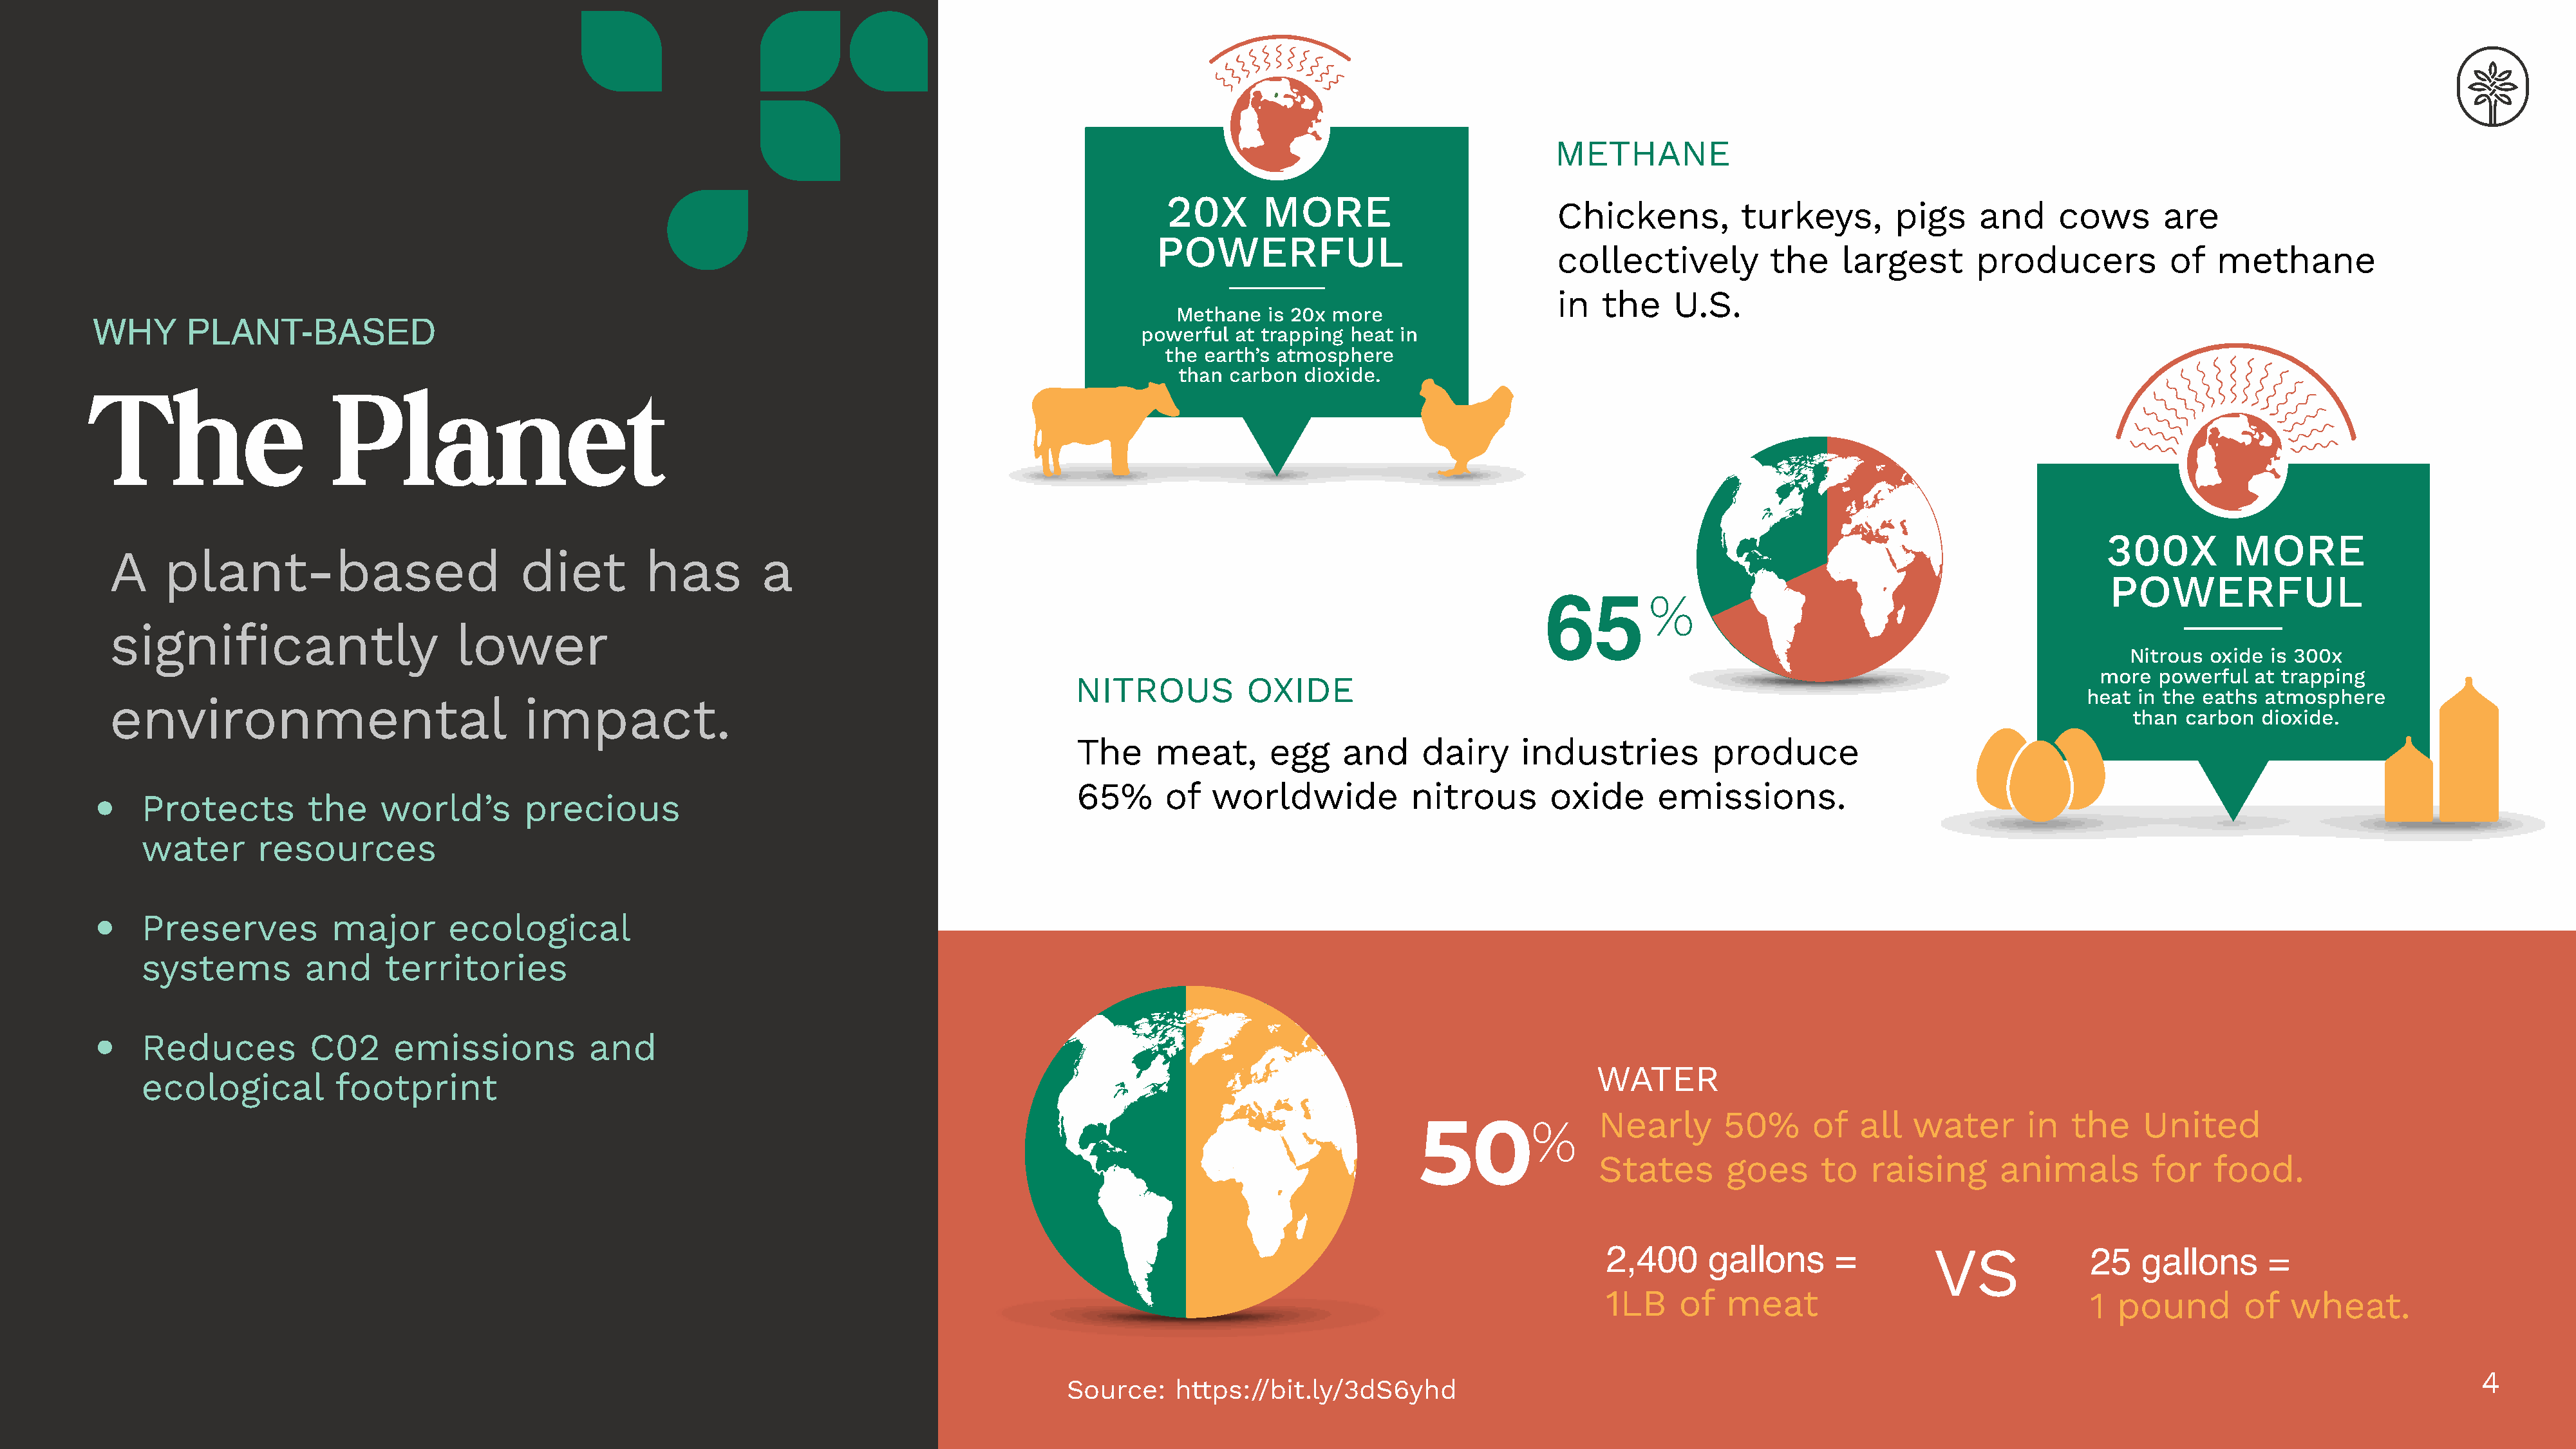
METHANE
 20X       MORE                          Chickens,          turkeys,        pigs    and      cows      are
 POWERFUL
 collectively          the    largest       producers           of   methane
 in   the    U.S.
 Methane  is 20x more
 WHY      PLANT-BASED
 powerful  at trapping heat in
 the earth’s atmosphere
 than carbon  dioxide.
 The                      Planet
 300X        MORE
 A     plant-based                         diet         has         a
 POWERFUL
 65        %
 significantly                       lower
 Nitrous oxide is 300x
 more  powerful  at trapping
 NITROUS          OXIDE
 heat in the eaths atmosphere
 environmental                              impact.
 X                                       than  carbon  dioxide.
 The     meat,      egg     and     dairy     industries          produce
 •                                                                                                    65%      of   worldwide           nitrous       oxide      emissions.
 Protects         the    world’s        precious
 water      resources
 •
 Preserves          major       ecological
 systems         and      territories
 •
 Reduces          C02     emissions            and
 WATER
 ecological         footprint
 Nearly       50%      of   all   water      in   the    United
 50%
 States       goes      to   raising       animals        for    food.
 2,400      gallons      =         VS              25   gallons      =
 1LB     of  meat                                  1  pound        of  wheat.
 4
 Source:    https://bit.ly/3dS6yhd